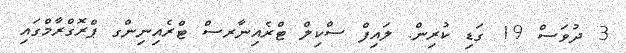
3 ދުވަސް 19 ގަޑި ކުރިން. ލައިފް ސްކިލް ޓްރެއިނާރސް ޓްރެއިނިންގ ޕްރޮގްރާމްގައި